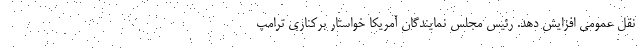
نقل عمومی افزایش دهد. رئیس مجلس نمایندگان آمریکا خواستار برکناری ترامپ